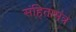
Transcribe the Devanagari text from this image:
संहितामंत्र